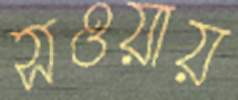
সওয়ায়